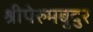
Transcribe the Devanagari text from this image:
श्रीपेरुमबुदुर